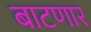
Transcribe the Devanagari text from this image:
बाटणार